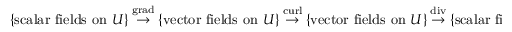
\{ { \mathrm { s c a l a r ~ f i e l d s ~ o n ~ } } U \} ~ { \overset { \operatorname { g r a d } } { \rightarrow } } ~ \{ { \mathrm { v e c t o r ~ f i e l d s ~ o n ~ } } U \} ~ { \overset { \operatorname { c u r l } } { \rightarrow } } ~ \{ { \mathrm { v e c t o r ~ f i e l d s ~ o n ~ } } U \} ~ { \overset { \operatorname { d i v } } { \rightarrow } } ~ \{ { \mathrm { s c a l a r ~ f i e l d s ~ o n ~ } } U \}